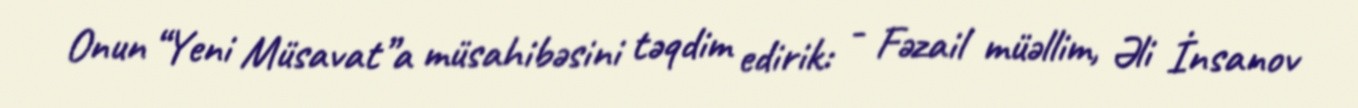
Onun “Yeni Müsavat”a müsahibəsini təqdim edirik: - Fəzail müəllim, Əli İnsanov